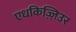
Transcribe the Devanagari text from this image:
एधकिज़्ज़िउर